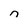
Character: n